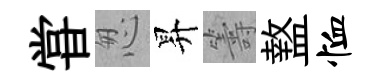
甞怱昇籌盩恤